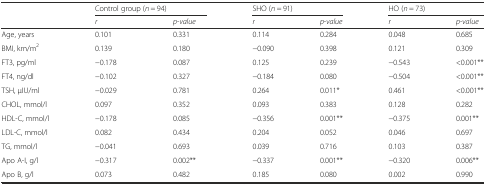
|  | <COLSPAN=2> Control group (n = 94) | <COLSPAN=2> SHO (n = 91) | <COLSPAN=2> HO (n = 73) |
 |  | r | p-value | r | p-value | r | p-value |
 | --- | --- | --- | --- | --- | --- | --- |
 | Age, years | 0.101 | 0.331 | 0.114 | 0.284 | 0.048 | 0.685 |
 | BMI, km/m2 | 0.139 | 0.180 | −0.090 | 0.398 | 0.121 | 0.309 |
 | FT3, pg/ml | −0.178 | 0.087 | 0.125 | 0.239 | −0.543 | <0.001** |
 | FT4, ng/dl | −0.102 | 0.327 | −0.184 | 0.080 | −0.504 | <0.001** |
 | TSH, μIU/ml | −0.029 | 0.781 | 0.264 | 0.011* | 0.461 | <0.001** |
 | CHOL, mmol/l | 0.097 | 0.352 | 0.093 | 0.383 | 0.128 | 0.282 |
 | HDL-C, mmol/l | −0.178 | 0.085 | −0.356 | 0.001** | −0.375 | 0.001** |
 | LDL-C, mmol/l | 0.082 | 0.434 | 0.204 | 0.052 | 0.046 | 0.697 |
 | TG, mmol/l | −0.041 | 0.693 | 0.039 | 0.716 | 0.103 | 0.387 |
 | Apo A-I, g/l | −0.317 | 0.002** | −0.337 | 0.001** | −0.320 | 0.006** |
 | Apo B, g/l | 0.073 | 0.482 | 0.185 | 0.080 | 0.002 | 0.990 |